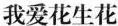
我爱花生花